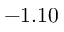
- 1 . 1 0